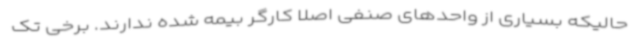
حالیکه بسیاری از واحدهای صنفی اصلا کارگر بیمه شده ندارند. برخی تک